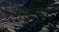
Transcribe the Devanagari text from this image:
बिलाडी